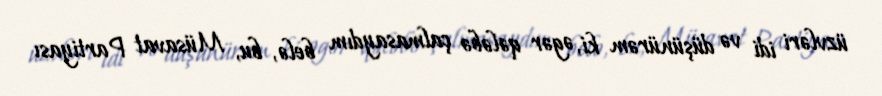
üzvləri idi və düşünürəm ki, əgər qələbə çalmasaydım belə, bu, Müsavat Partiyası